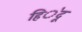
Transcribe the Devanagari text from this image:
हि॓दू